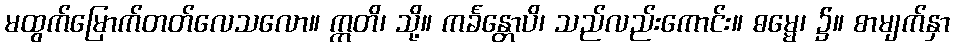
မထွက်မြောက်တတ်လေသလော။ ဣတိ၊ သို့။ ကင်္ခန္တောပိ၊ သည်လည်းကောင်း။ ဓမ္မေ၊ ၌။ စာမျက်နှာ